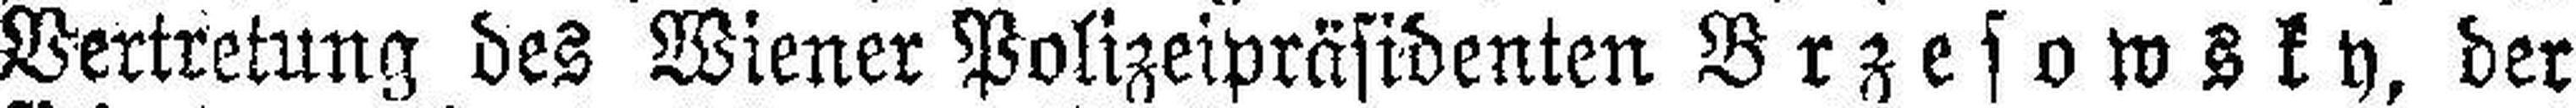
Vertretung des Wiener Polizeipräsidenten Brzesowsky, der